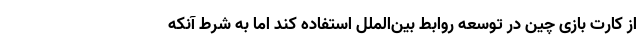
از کارت بازی چین در توسعه روابط بین‌الملل استفاده کند اما به شرط آنکه